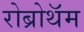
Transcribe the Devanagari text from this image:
रोब्रोथॅम